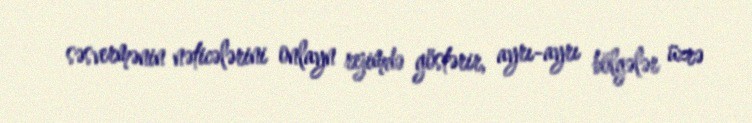
səsvermənin nəticələrini onlayn rejimdə göstərir, ayrı-ayrı bölgələr üzrə